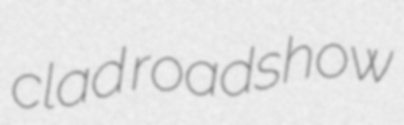
clad roadshow